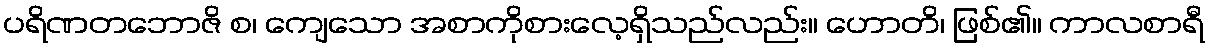
ပရိဏတဘောဇိ စ၊ ကျေသော အစာကိုစားလေ့ရှိသည်လည်း။ ဟောတိ၊ ဖြစ်၏။ ကာလစာရီ